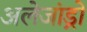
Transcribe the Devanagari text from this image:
अलेजांड्रो